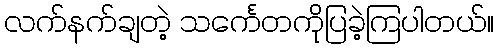
လက်နက်ချတဲ့ သင်္ကေတကိုပြခဲ့ကြပါတယ်။